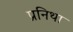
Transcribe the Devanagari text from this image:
प्रनिथा